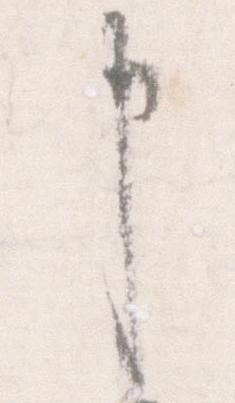
申